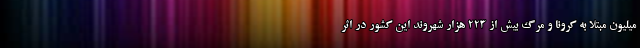
میلیون مبتلا به کرونا و مرگ بیش از 223 هزار شهروند این کشور در اثر